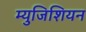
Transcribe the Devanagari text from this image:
म्युजिशियन